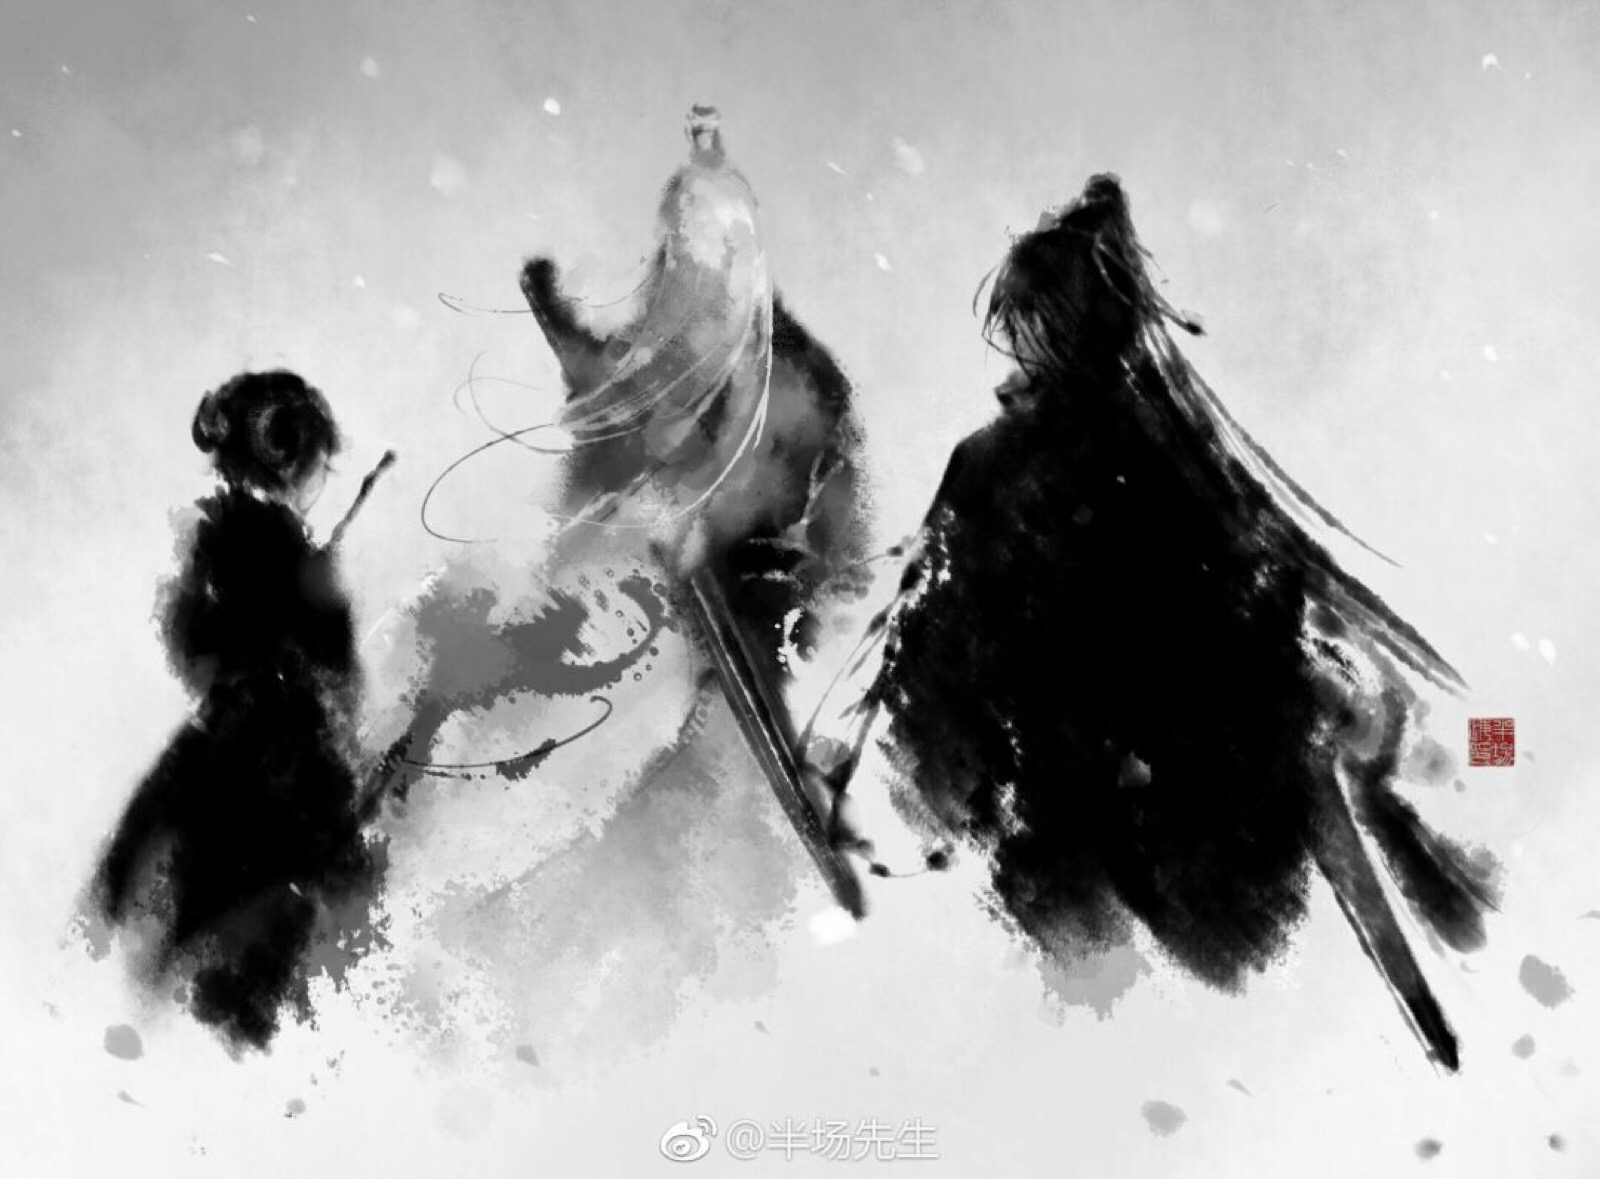
过也，人皆见之更也，人皆仰之。